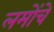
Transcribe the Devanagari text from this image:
लमोंचे